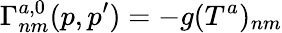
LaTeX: \Gamma_{nm}^{a,0}(p,p^{\prime})=-g(T^{a})_{nm}